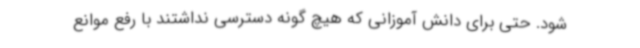
شود. حتی برای دانش آموزانی که هیچ گونه دسترسی نداشتند با رفع موانع